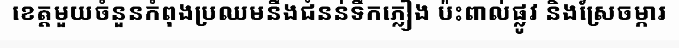
ខេត្តមួយចំនួនកំពុងប្រឈមនឹងជំនន់ទឹកភ្លៀង ប៉ះពាល់ផ្លូវ និងស្រែចម្ការ